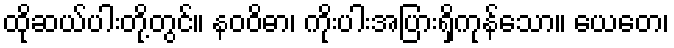
ထိုဆယ်ပါးတို့တွင်။ နဝဝိဓာ၊ ကိုးပါးအပြားရှိကုန်သော။ ယေတေ၊